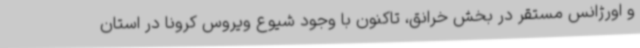
و اورژانس مستقر در بخش خرانق، تاکنون با وجود شیوع ویروس کرونا در استان